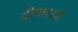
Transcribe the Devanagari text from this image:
द्वीपावरही